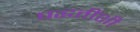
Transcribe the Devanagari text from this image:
पद्धतींशी